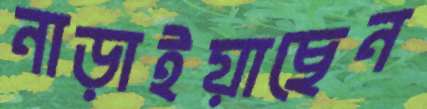
নাড়াইয়াছেন